Indian journal of veterinary science and animal husbandry - Volume 12,
Year: 1942
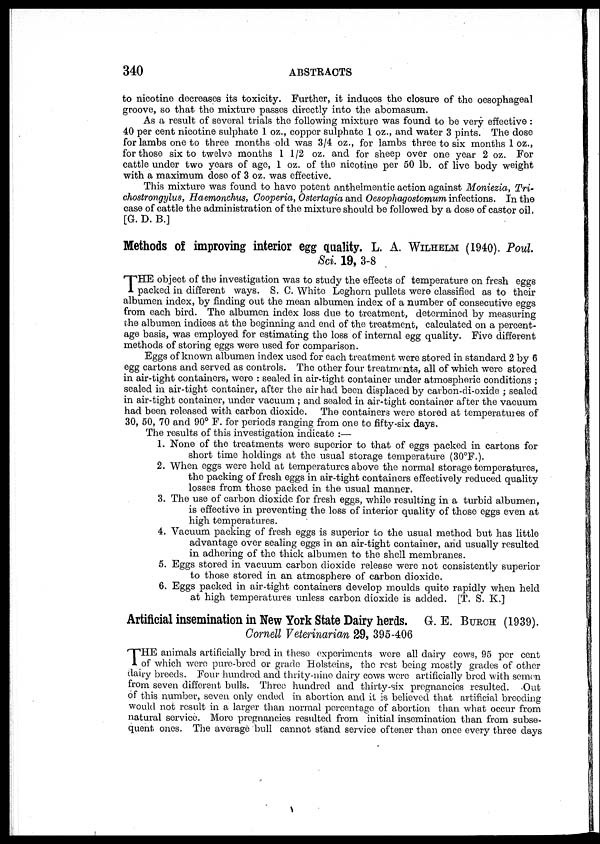
340
ABSTRACTS
to nicotine decreases its toxicity. Further, it induces the closure of the oesophageal
groove, so that the mixture passes directly into the abomasum.
As a result of several trials the following mixture was found to be very effective :
40 per cent nicotine sulphate 1 oz., copper sulphate 1 oz., and water 3 pints. The dose
for lambs one to three months old was 3/4 oz., for lambs three to six months 1 oz.,
for those six to twelve months 1 1/2 oz. and for sheep over one year 2 oz. For
cattle under two years of age, 1 oz. of the nicotine per 50 lb. of live body weight
with a maximum dose of 3 oz. was effective.
This mixture was found to have potent anthelmentic action against Moniezia, Tri-
chostrongylus, Haemonchus, Cooperia, Ostertagia and Oesophagostomum infections. In the
case of cattle the administration of the mixture should be followed by a dose of castor oil.
[G. D. B.]
Methods of improving interior egg quality. L. A. WILHELM (1940). Poul
Sci. 19, 3-8
T HE object of the investigation was to study the effects of temperature on fresh eggs
packed in different ways. S. C. White Leghorn pullets were classified as to their
albumen index, by finding out the mean albumen index of a number of consecutive eggs
from each bird. The albumen index loss due to treatment, determined by measuring
the albumen indices at the beginning and end of the treatment, calculated on a percent-
age basis, was employed for estimating the loss of internal egg quality. Five different
methods of storing eggs were used for comparison.
Eggs of known albumen index used for each treatment were stored in standard 2 by 6
egg cartons and served as controls. The other four treatments, all of which were stored
in air-tight containers, were : sealed in air-tight container under atmospheric conditions ;
sealed in air-tight container, after the air had been displaced by carbon-di-oxide ; sealed
in air-tight container, under vacuum ; and sealed in air-tight container after the vacuum
had been released with carbon dioxide. The containers were stored at temperatures of
30, 50, 70 and 90° F. for periods ranging from one to fifty-six days.
The results of this investigation indicate :—
1. None of the treatments were superior to that of eggs packed in cartons for
short time holdings at the usual storage temperature (30°F.).
2. When eggs were held at temperatures above the normal storage temperatures,
the packing of fresh eggs in air-tight containers effectively reduced quality
losses from those packed in the usual manner.
3. The use of carbon dioxide for fresh eggs, while resulting in a turbid albumen,
is effective in preventing the loss of interior quality of those eggs even at
high temperatures.
4. Vacuum packing of fresh eggs is superior to the usual method but has little
advantage over sealing eggs in an air-tight container, and usually resulted
in adhering of the thick albumen to the shell membranes.
5. Eggs stored in vacuum carbon dioxide release were not consistently superior
to those stored in an atmosphere of carbon dioxide.
6. Eggs packed in air-tight containers develop moulds quite rapidly when held
at high temperatures unless carbon dioxide is added. [T. S. K.]
Artificial insemination in New York State Dairy herds. G. E. BURCH (1939).
Cornell Veterinarian 29, 395-406
T HE animals artificially bred in these experiments were all dairy cows, 95 per cent
of which were pure-bred or grade Holsteins, the rest being mostly grades of other
dairy breeds. Four hundred and thrity-nine dairy cows were artificially bred with semen
from seven different bulls. Three hundred and thirty-six pregnancies resulted.
Out
of this number, seven only ended in abortion and it is believed that artificial breeding
would not result in a larger than normal percentage of abortion than what occur from
natural service. More pregnancies resulted from initial insemination than from subse-
quent ones. The average bull cannot stand service oftener than once every three days